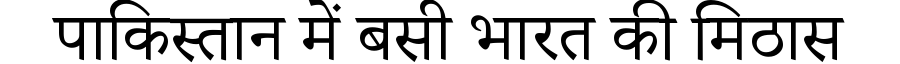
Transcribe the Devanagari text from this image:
पाकिस्तान में बसी भारत की मिठास